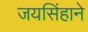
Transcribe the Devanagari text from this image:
जयसिंहाने